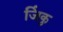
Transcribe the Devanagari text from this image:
जिंकु